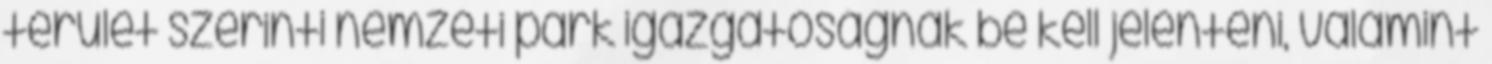
terület szerinti nemzeti park igazgatóságnak be kell jelenteni, valamint